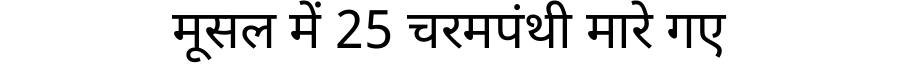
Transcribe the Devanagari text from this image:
मूसल में 25 चरमपंथी मारे गए